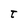
Character: t